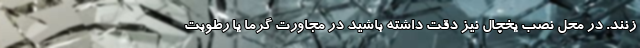
زنند. در محل نصب یخچال نیز دقت داشته باشید در مجاورت گرما یا رطوبت